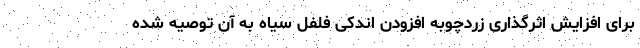
برای افزایش اثرگذاری زردچوبه افزودن اندکی فلفل سیاه به آن توصیه شده